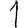
Digit: 1